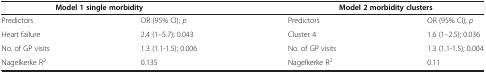
| <COLSPAN=2> Model 1 single morbidity | <COLSPAN=2> Model 2 morbidity clusters |
 | --- | --- | --- | --- |
 | Predictors | OR (95% CI); p | Predictors | OR (95% CI); p |
 | Heart failure | 2.4 (1–5.7); 0.043 | Cluster 4 | 1.6 (1–2.5); 0.036 |
 | No. of GP visits | 1.3 (1.1-1.5); 0.006 | No. of GP visits | 1.3 (1.1-1.5); 0.004 |
 | Nagelkerke R2 | 0.135 | Nagelkerke R2 | 0.11 |